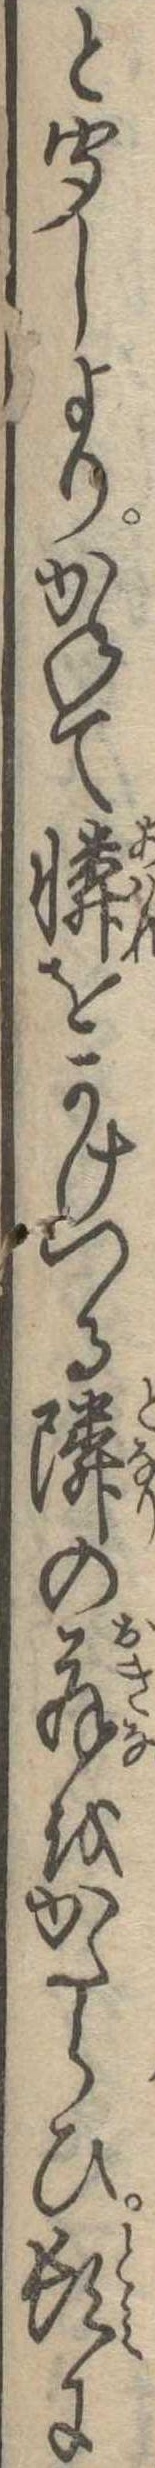
と聞しよりかねて憐をかけつる隣の翁をかたらひ頓に